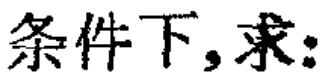
条件下,求: